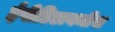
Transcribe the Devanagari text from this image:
ईपीडिडायमीस